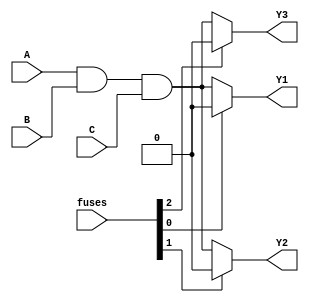
module fuse_based_PLA (
    input wire A,       // Input signal A
    input wire B,       // Input signal B
    input wire C,       // Input signal C
    input wire [N-1:0] fuses, // Fuse configuration for AND gates
    output wire Y1,     // Output signal Y1
    output wire Y2,     // Output signal Y2
    output wire Y3      // Output signal Y3
);

// Parameter definitions
parameter N = 3; // Number of inputs
parameter M = 3; // Number of AND gates
parameter O = 3; // Number of OR outputs

// Internal wires for product terms
wire [M-1:0] P; // Product terms from AND gates

// Programmable AND gates
generate
    genvar i;
    for (i = 0; i < M; i = i + 1) begin : and_gates
        assign P[i] = (fuses[i] == 1'b0) ? (A & B & C) : 1'b0; // Example logic
    end
endgenerate

// Fixed OR array
assign Y1 = P[0]; // Output Y1 from product term P0
assign Y2 = P[1]; // Output Y2 from product term P1
assign Y3 = P[2]; // Output Y3 from product term P2

endmodule